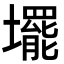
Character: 𡓁